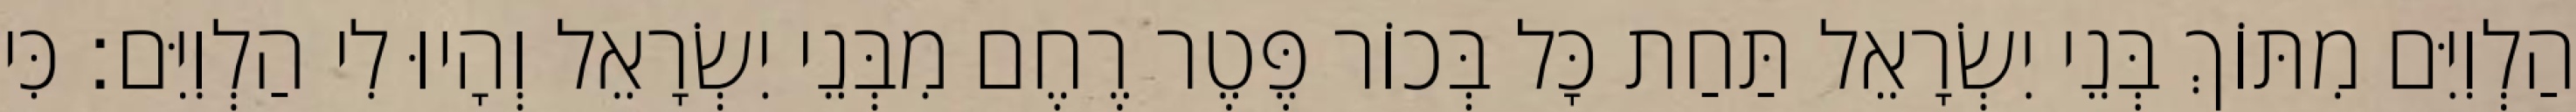
הַלְוִיִּם מִתּוֹךְ בְּנֵי יִשְׂרָאֵל תַּחַת כָּל בְּכוֹר פֶּטֶר רֶחֶם מִבְּנֵי יִשְׂרָאֵל וְהָיוּ לִי הַלְוִיִּם׃ כִּי